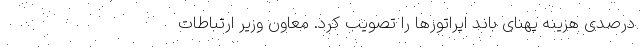
درصدی هزینه پهنای باند اپراتورها را تصویب کرد. معاون وزیر ارتباطات